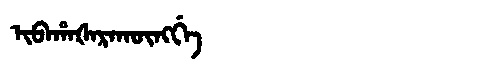
Manchu: ᡳᠪᠠᡥᠠᡧᠠᡵᠠᡴᡡᠩᡤᡝ
Romanization: IBAHAŠARAKŪNGGE